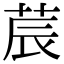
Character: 莀